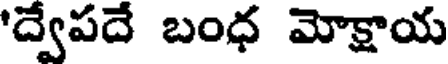
'ద్వేపదే బంధ మోక్షాయ